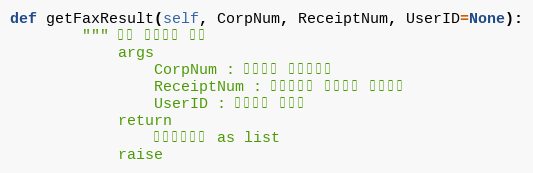
Language: Python
def getFaxResult(self, CorpNum, ReceiptNum, UserID=None):
        """ 팩스 전송결과 조회
            args
                CorpNum : 팝빌회원 사업자번호
                ReceiptNum : 전송요청시 발급받은 접수번호
                UserID : 팝빌회원 아이디
            return
                팩스전송정보 as list
            raise